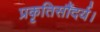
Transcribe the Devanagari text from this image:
प्रकृतिसौंदर्य।